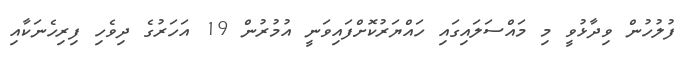
ފުލުހުން ވިދާޅުވީ މި މައްސަލައިގައި ހައްޔަރުކޮށްފައިވަނީ އުމުރުން 19 އަހަރުގެ ދިވެހި ފިރިހެނަކާއި